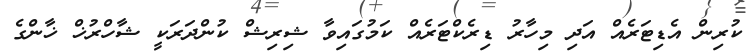
ކުރިން އެޑިޓަރެއް އަދި މިހާރު ޑިރެކްޓަރެއް ކަމުގައިވާ ޝިރިޝް ކުންދަރަކީ ޝާހްރުޚް ޚާންގެ